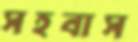
সহবাস